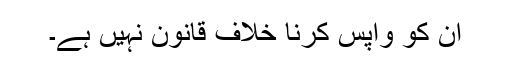
ان کو واپس کرنا خلاف قانون نہیں ہے۔